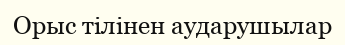
Орыс тілінен аударушылар